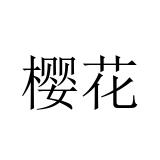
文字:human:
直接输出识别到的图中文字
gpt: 樱花